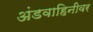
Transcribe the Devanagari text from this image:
अंडवाहिनीवर